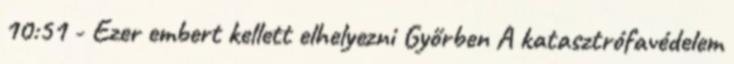
10:51 - Ezer embert kellett elhelyezni Győrben A katasztrófavédelem